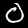
Digit: 0